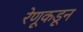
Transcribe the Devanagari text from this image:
रेणूकडून